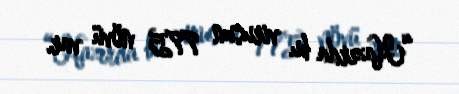
“Hazırda bu virusun 775 növü var.